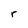
Character: r